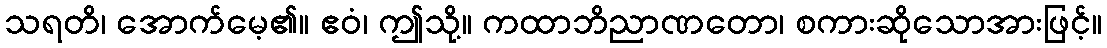
သရတိ၊ အောက်မေ့၏။ ဧဝံ၊ ဤသို့။ ကထာဘိညာဏတော၊ စကားဆိုသောအားဖြင့်။